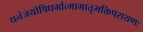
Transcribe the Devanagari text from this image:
धनंजयोपिधर्मात्मामातृभक्तिपरायणः